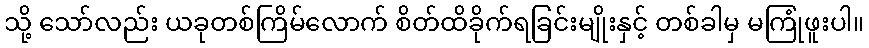
သို့ သော်လည်း ယခုတစ်ကြိမ်လောက် စိတ်ထိခိုက်ရခြင်းမျိုးနှင့် တစ်ခါမှ မကြုံဖူးပါ။